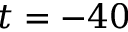
t = - 4 0